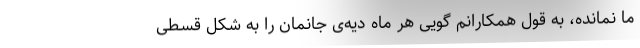
ما نمانده، به قول همکارانم گویی هر ماه دیه‌ی جانمان را به شکل قسطی